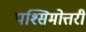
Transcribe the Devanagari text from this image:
पश्सिमोत्तरी